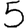
Digit: 5